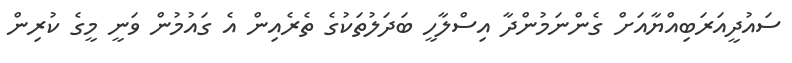
ސައުދީއަރަބިއްޔާއަށް ގެންނަމުންދާ އިސްލާހީ ބަދަލުތަކުގެ ތެެރެއިން އެ ގައުމުން ވަނީ މީގެ ކުރިން